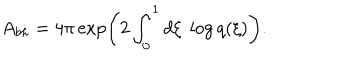
LaTeX: A _ { b h } = 4 \pi \exp \left( 2 \int _ { 0 } ^ { 1 } d \xi \; \log q ( \xi ) \right) .